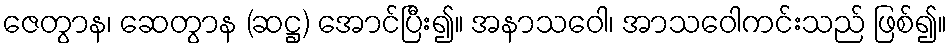
ဇေတွာန၊ ဆေတွာန (ဆဋ္ဌ) အောင်ပြီး၍။ အနာသဝေါ၊ အာသဝေါကင်းသည် ဖြစ်၍။